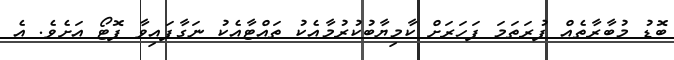
ބޮޑު މުބާރާތެއް ފުރަތަމަ ފަހަރަށް ކާމިޔާބުކުރުމާއެކު ތައްޓާއެކު ނަގާފައިވާ ފޮޓޯ އަށެވެ. އެ